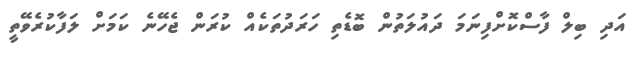
އަދި ބިލް ފާސްކޮށްފިނަމަ ދައުލަތުން ބޮޑެތި ހަރަދުތަކެއް ކުރަން ޖެހޭނެ ކަމަށް ލަފާކުރެވޭތީ